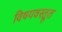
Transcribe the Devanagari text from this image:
विषयवस्तूत